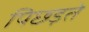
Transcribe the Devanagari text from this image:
पिछड़ते